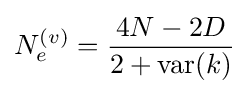
N_{e}^{(v)}={4N-2D \over 2+\operatorname {var} (k)}